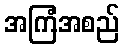
အကြံအစည်